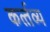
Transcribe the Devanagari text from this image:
कर्त्‍तव्‍य